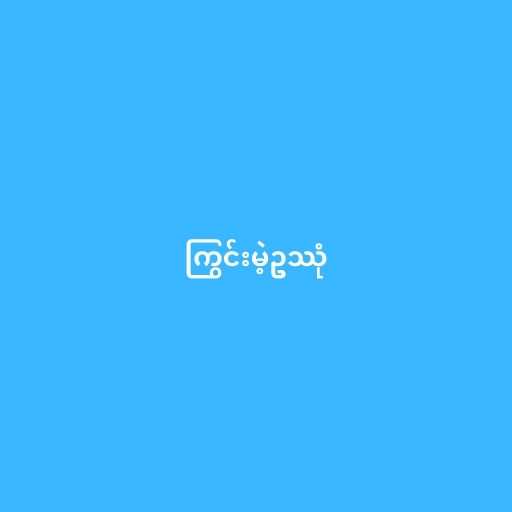
ကြွင်းမဲ့ဥဿုံ